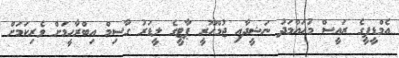
އެމްޑީޕީގެ ރައީސް މުހައްމަދު ނަޝީދާއި ޖުމްހޫރީ ޕާޓީގެ ލީޑަރު ގާސިމް އިބްރާހީމަށް ވެރިކަމަށް